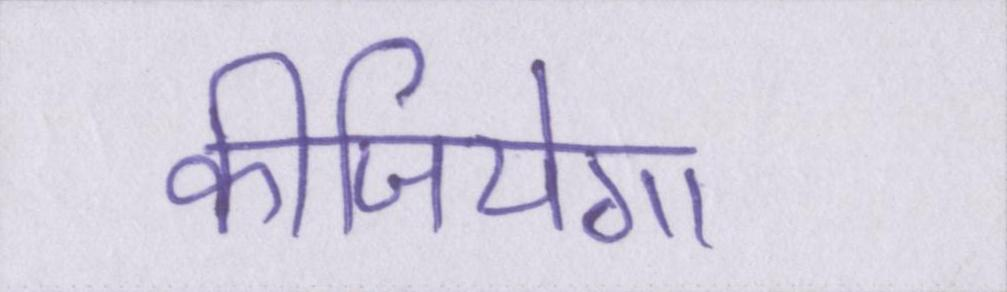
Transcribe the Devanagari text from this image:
कीजियेगा